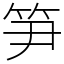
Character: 笋